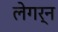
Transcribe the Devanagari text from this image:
लेगर्न